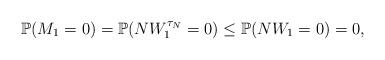
LaTeX: \begin{align*} \mathbb P(M_1 = 0) = \mathbb P(NW_1^{\tau_N} = 0) \leq \mathbb P(NW_1 = 0) = 0, \end{align*}